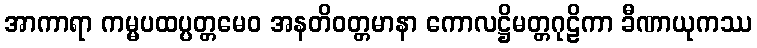
အာကာရာ ကမ္မပထပ္ပတ္တမေဝ အနတိဝတ္တမာနာ ကောလဋ္ဌိမတ္တဂုဠိကာ ခီဏာယုကဿ